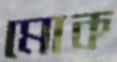
মোক